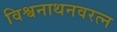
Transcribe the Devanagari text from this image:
विश्वनाथनवरत्न